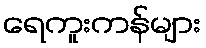
ရေကူးကန်များ